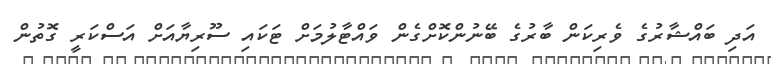
އަދި ބައްޝާރުގެ ވެރިކަން ބާރުގެ ބޭނުންކޮށްގެން ވައްޓާލުމަށް ޓަކައި ސޫރިޔާއަށް އަސްކަރީ ގޮތުން